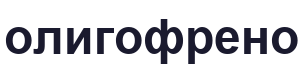
олигофрено